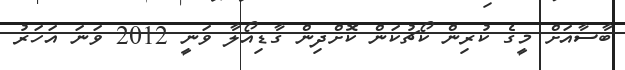
ބާސާއަށް މީގެ ކުރިން ކޯޗުކަން ކޮށްދިން ގާޑިއޯލާ ވަނީ 2012 ވަނަ އަހަރު